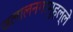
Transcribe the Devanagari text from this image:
जलालनगरमुहल्ले